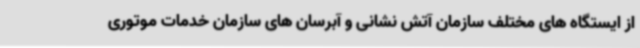
از ایستگاه های مختلف سازمان آتش نشانی و آبرسان های سازمان خدمات موتوری